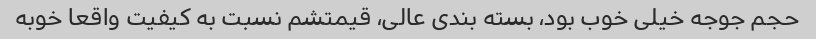
حجم جوجه خیلی خوب بود، بسته بندی عالی، قیمتشم نسبت به کیفیت واقعا خوبه